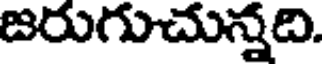
జరుగుచున్నది.